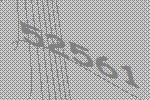
52561